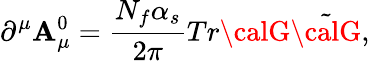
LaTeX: \partial^{\mu}\mathbf{A}_{\mu}^{0}=\frac{{N_{f}\alpha_{s}}}{{2\pi}}Tr{\calG}{\tilde{{\calG}}},